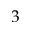
3